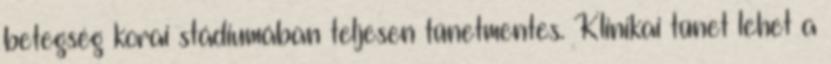
betegség korai stádiumában teljesen tünetmentes. Klinikai tünet lehet a